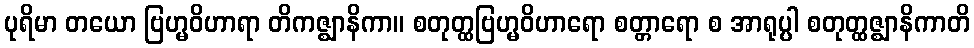
ပုရိမာ တယော ဗြဟ္မဝိဟာရာ တိကဇ္ဈာနိကာ။ စတုတ္ထဗြဟ္မဝိဟာရော စတ္တာရော စ အာရုပ္ပါ စတုတ္ထဇ္ဈာနိကာတိ